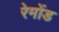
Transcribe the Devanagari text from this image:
रेमोंड